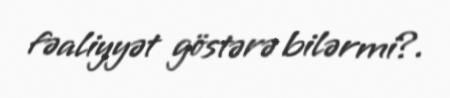
fəaliyyət göstərə bilərmi?.